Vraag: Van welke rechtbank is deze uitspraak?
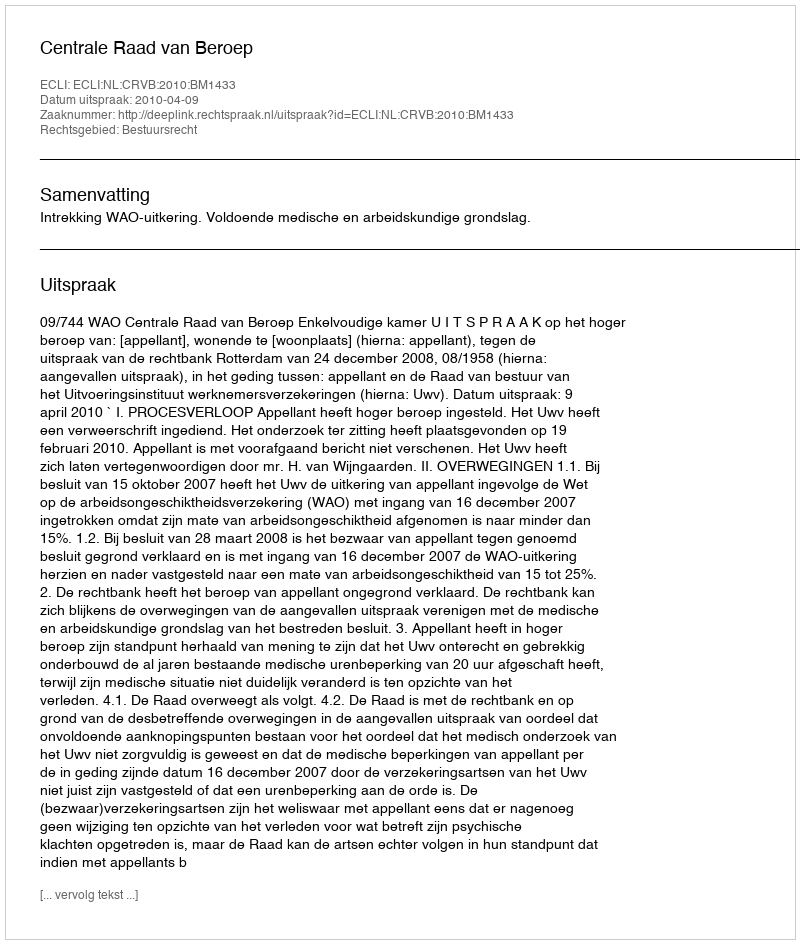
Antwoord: Centrale Raad van Beroep